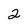
Character: 2